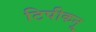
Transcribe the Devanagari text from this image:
टिपीकनू